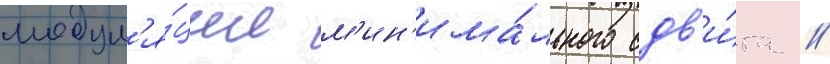
модул'я́ции м'ин'има́льного сдв'и́га //